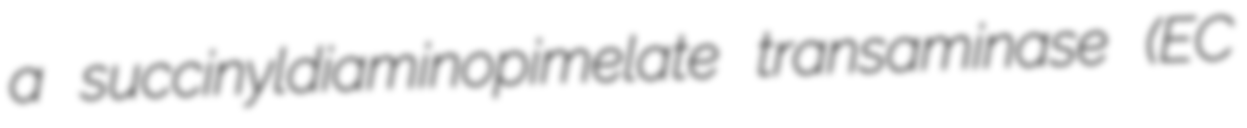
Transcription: a succinyldiaminopimelate transaminase (EC